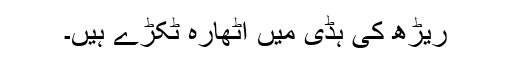
ریڑھ کی ہڈی میں اَٹھارہ ٹکڑے ہیں۔